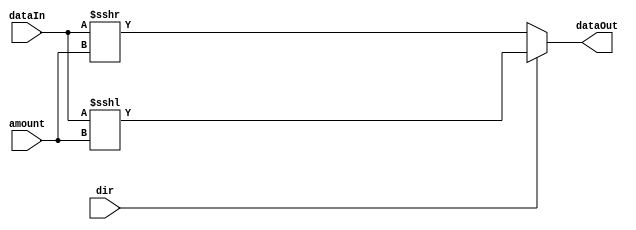
`timescale 1ns / 1ps
//////////////////////////////////////////////////////////////////////////////////
// Company: 
// Engineer: 
// 
// Design Name: 
// Module Name:    shifter 
// Project Name: 
// Target Devices: 
// Tool versions: 
// Description: 
//
// Dependencies: 
//
// Revision: 
// Revision 0.01 - File Created
// Additional Comments: 
//
//////////////////////////////////////////////////////////////////////////////////
module arithmetic_shifter(dataIn,amount,dir,dataOut);

function integer log2;
  input integer value;
  begin
    value = value-1;
    for (log2=0; value>0; log2=log2+1)
      value = value>>1;
  end
endfunction

   parameter data_width_in = 8;
	parameter shiftAmount = 16;
	localparam shiftBits = log2(shiftAmount);	
	parameter data_width_out = shiftAmount+data_width_in;
	
	input dir;
	input signed[data_width_in-1:0] dataIn;
	input[shiftBits-1:0] amount;
	output signed[data_width_out-1:0] dataOut;

	
	assign dataOut = (dir) ? (dataIn <<< amount) : (dataIn >>> amount); //1 - left shift 0 - right shift
			
endmodule